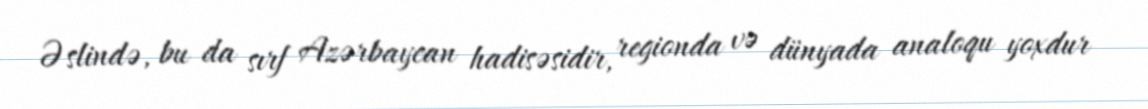
Əslində, bu da sırf Azərbaycan hadisəsidir, regionda və dünyada analoqu yoxdur